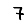
Digit: 7